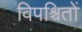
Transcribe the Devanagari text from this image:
विपश्चितों